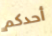
أحدكم